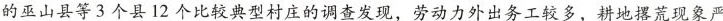
的巫山县等3个县12个比较典型村庄的调查发现，劳动力外出务工较多，耕地撂荒现象严